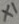
Text: X1